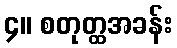
၄။ စတုတ္ထအခန်း